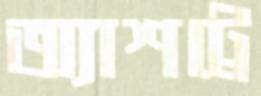
অ্যাশট্রে